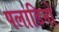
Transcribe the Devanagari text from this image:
पलाडिनो